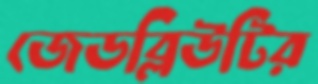
জেডব্লিউটির